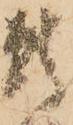
静